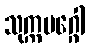
သုက္ကမဂ္ဂေါ